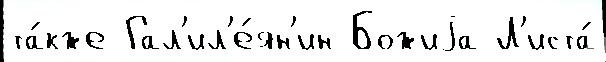
та́кже Гал'ил'е́ян'ин Божиjа Л'иста́